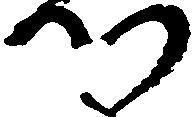
つ